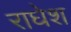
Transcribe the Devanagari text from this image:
राघेश